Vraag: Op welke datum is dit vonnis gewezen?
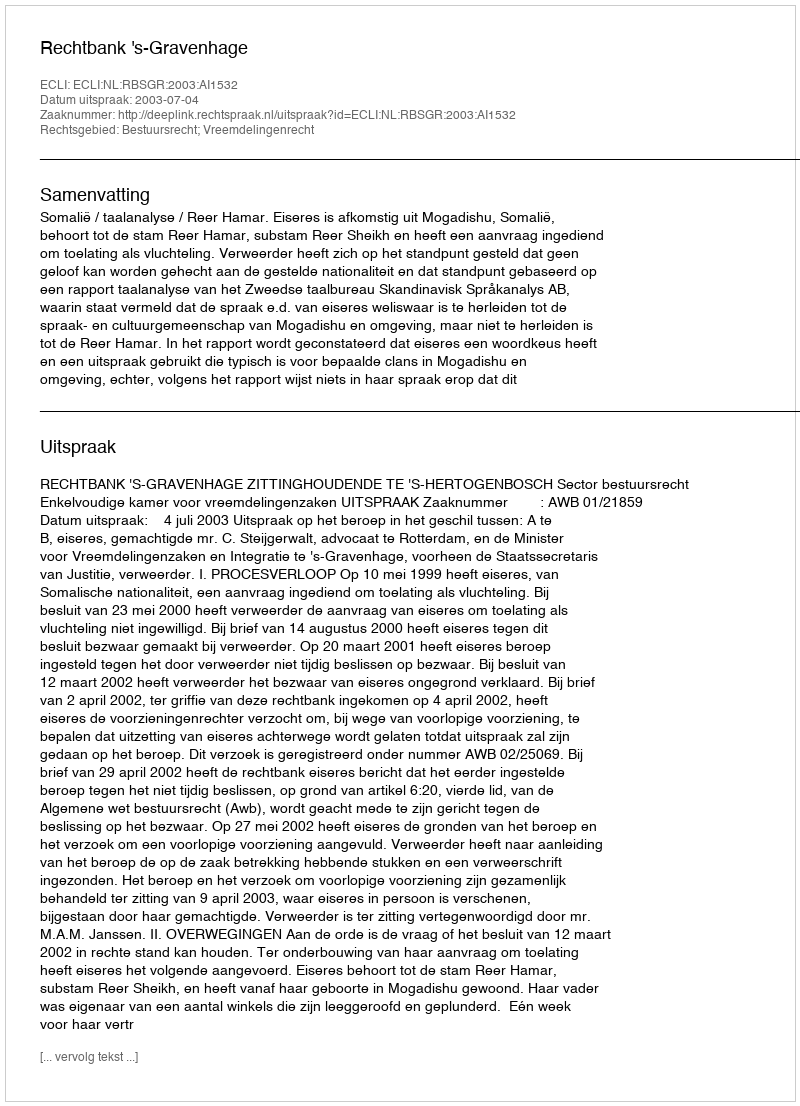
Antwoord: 2003-07-04